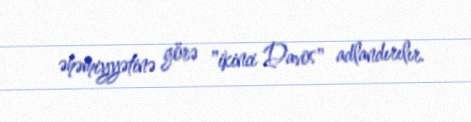
əhəmiyyətinə görə "ikinci Davos" adlandırılır.